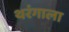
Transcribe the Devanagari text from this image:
थरंगाला